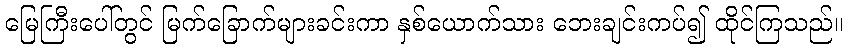
မြေကြီးပေါ်တွင် မြက်ခြောက်များခင်းကာ နှစ်ယောက်သား ဘေးချင်းကပ်၍ ထိုင်ကြသည်။